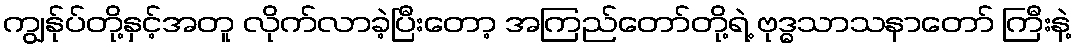
ကျွန်ုပ်တို့နှင့်အတူ လိုက်လာခဲ့ပြီးတော့ အကြည်တော်တို့ရဲ့ ဗုဒ္ဓသာသနာတော် ကြီးနဲ့